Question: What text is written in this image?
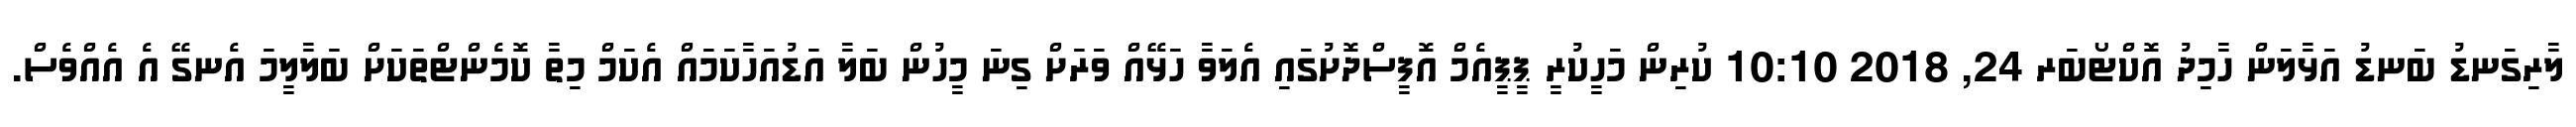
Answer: ލާރިގަނޑު ބަނޑު އަޅާލަން ހާމިދު އޮކްޓޯބަރ 24, 2018 10:10 ކުރިން މަހީކުރީ ޕީޕީއެމް އޮފީސްދޮށުގައި އެލަވާ ހަޅޭއް ވަރަށް ގިނަ މީހުން ބަލާ އަޑުއަހާކަމައް އެކަމް މިތާ ކޮމެންޓްތަކަށް ބަލާލީމަ އެނގޭ އެ އެއްވެސް.